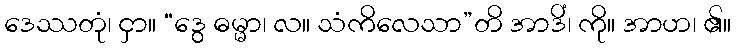
ဒေဿတုံ၊ ငှာ။ “ဒွေ ဓမ္မာ၊ လ။ သံကိလေသာ”တိ အာဒိံ၊ ကို။ အာဟ၊ ၏။